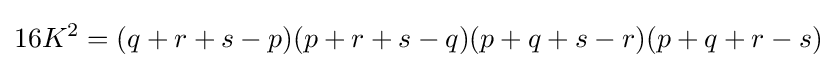
16K^{2}=(q+r+s-p)(p+r+s-q)(p+q+s-r)(p+q+r-s)